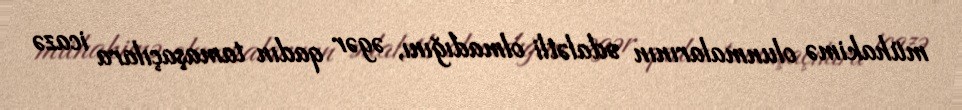
mühakimə olunmalarının ədalətli olmadığını, əgər qadın tamaşaçılara icazə